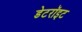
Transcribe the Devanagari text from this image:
डेटरॉइट